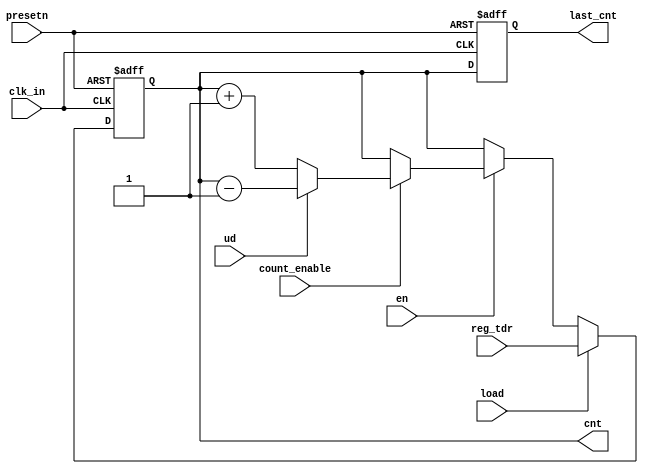
module counter(
input clk_in, presetn,
input en, load, ud,
input count_enable,
input [7:0] reg_tdr,
output reg [7:0] cnt,
output reg [7:0] last_cnt

);

//COUNTER
always @(posedge clk_in or negedge presetn ) begin
  if(!presetn)
     cnt <= 1'b0;
  else begin
     if(load == 1'b1)
        cnt <= reg_tdr;
     else begin
        if(en==1'b0) //TCR[4]
	  cnt<=cnt;
	else
          if(count_enable == 1'b0)
	      cnt <= cnt;
	  else
	    if(ud==1'b1)
               cnt<= cnt-1'b1;
	    else 
	       cnt<= cnt+1'b1;
     end
   end
end
// LAST_CNT
always @(posedge clk_in or negedge presetn)
  if(!presetn)
    last_cnt <= 8'h00;
  else
    last_cnt <= cnt;

endmodule